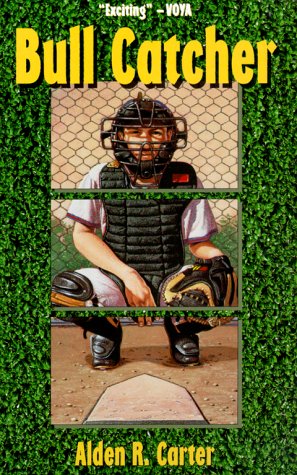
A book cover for Bull Catcher; Alden R. Carter; Teen & Young Adult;